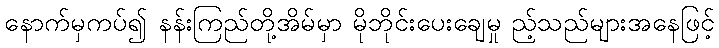
နောက်မှကပ်၍ နန်းကြည်တို့အိမ်မှာ မိုဘိုင်းပေးချေမှု ည့်သည်များအနေဖြင့်